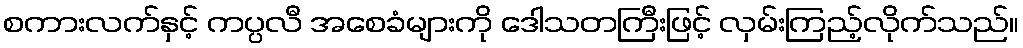
စကားလက်နှင့် ကပ္ပလီ အစေခံများကို ဒေါသတကြီးဖြင့် လှမ်းကြည့်လိုက်သည်။